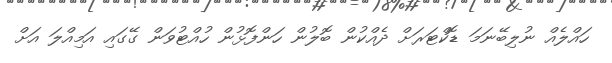
ހައްލެއް ނުލިބޭނަމަ ޑޮކްޓަރަށް ދެއްކުން ބޮލުން ހަންފޮޅުން ހުއްޓުވަން ގޭގައި އަމިއްލަ އަށް